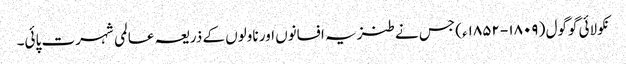
نکولائی گوگول ( ۱۸۰۹- ۱۸۵۲ء) جس نے طنزیہ افسانوں اور ناولوں کے ذریعہ عالمی شہرت پائی۔